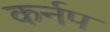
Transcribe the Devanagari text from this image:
कर्नप